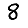
Digit: 8